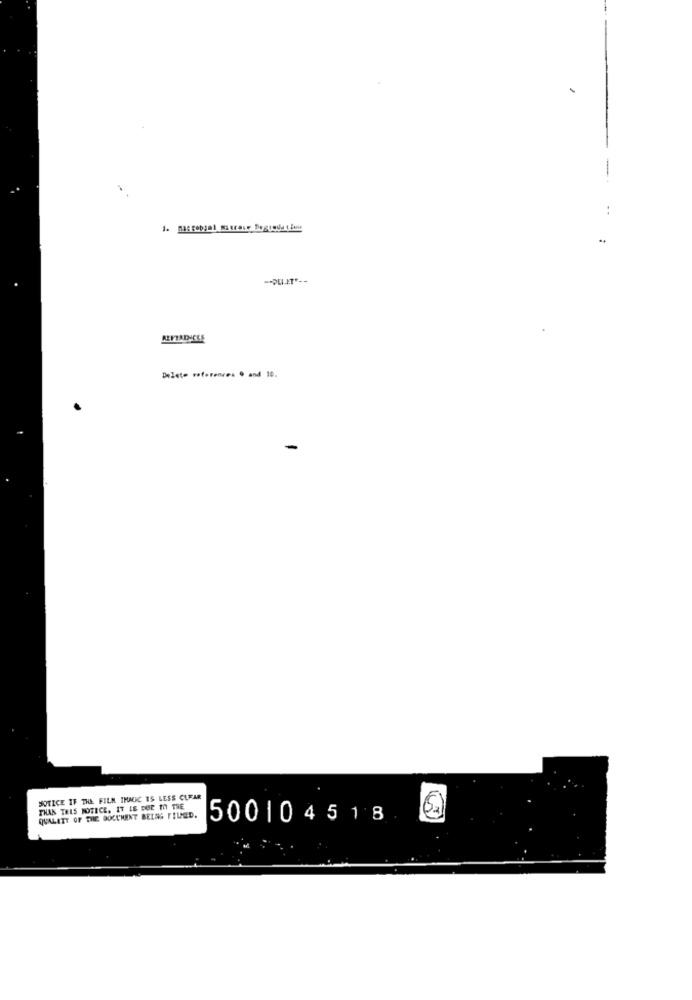
--
..
-- PELET *--
Delete reference. 0 and 10.
NOTICE IF THE FILM THAUIC 15 LESS CLEAR
THAN THIS NOTICE. IT IS BOE TO THE
QUALITY OF THE DOCUMENT BEING FILED.
500104518